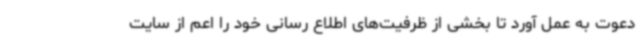
دعوت به عمل آورد تا بخشی از ظرفیت‌های اطلاع رسانی خود را اعم از سایت